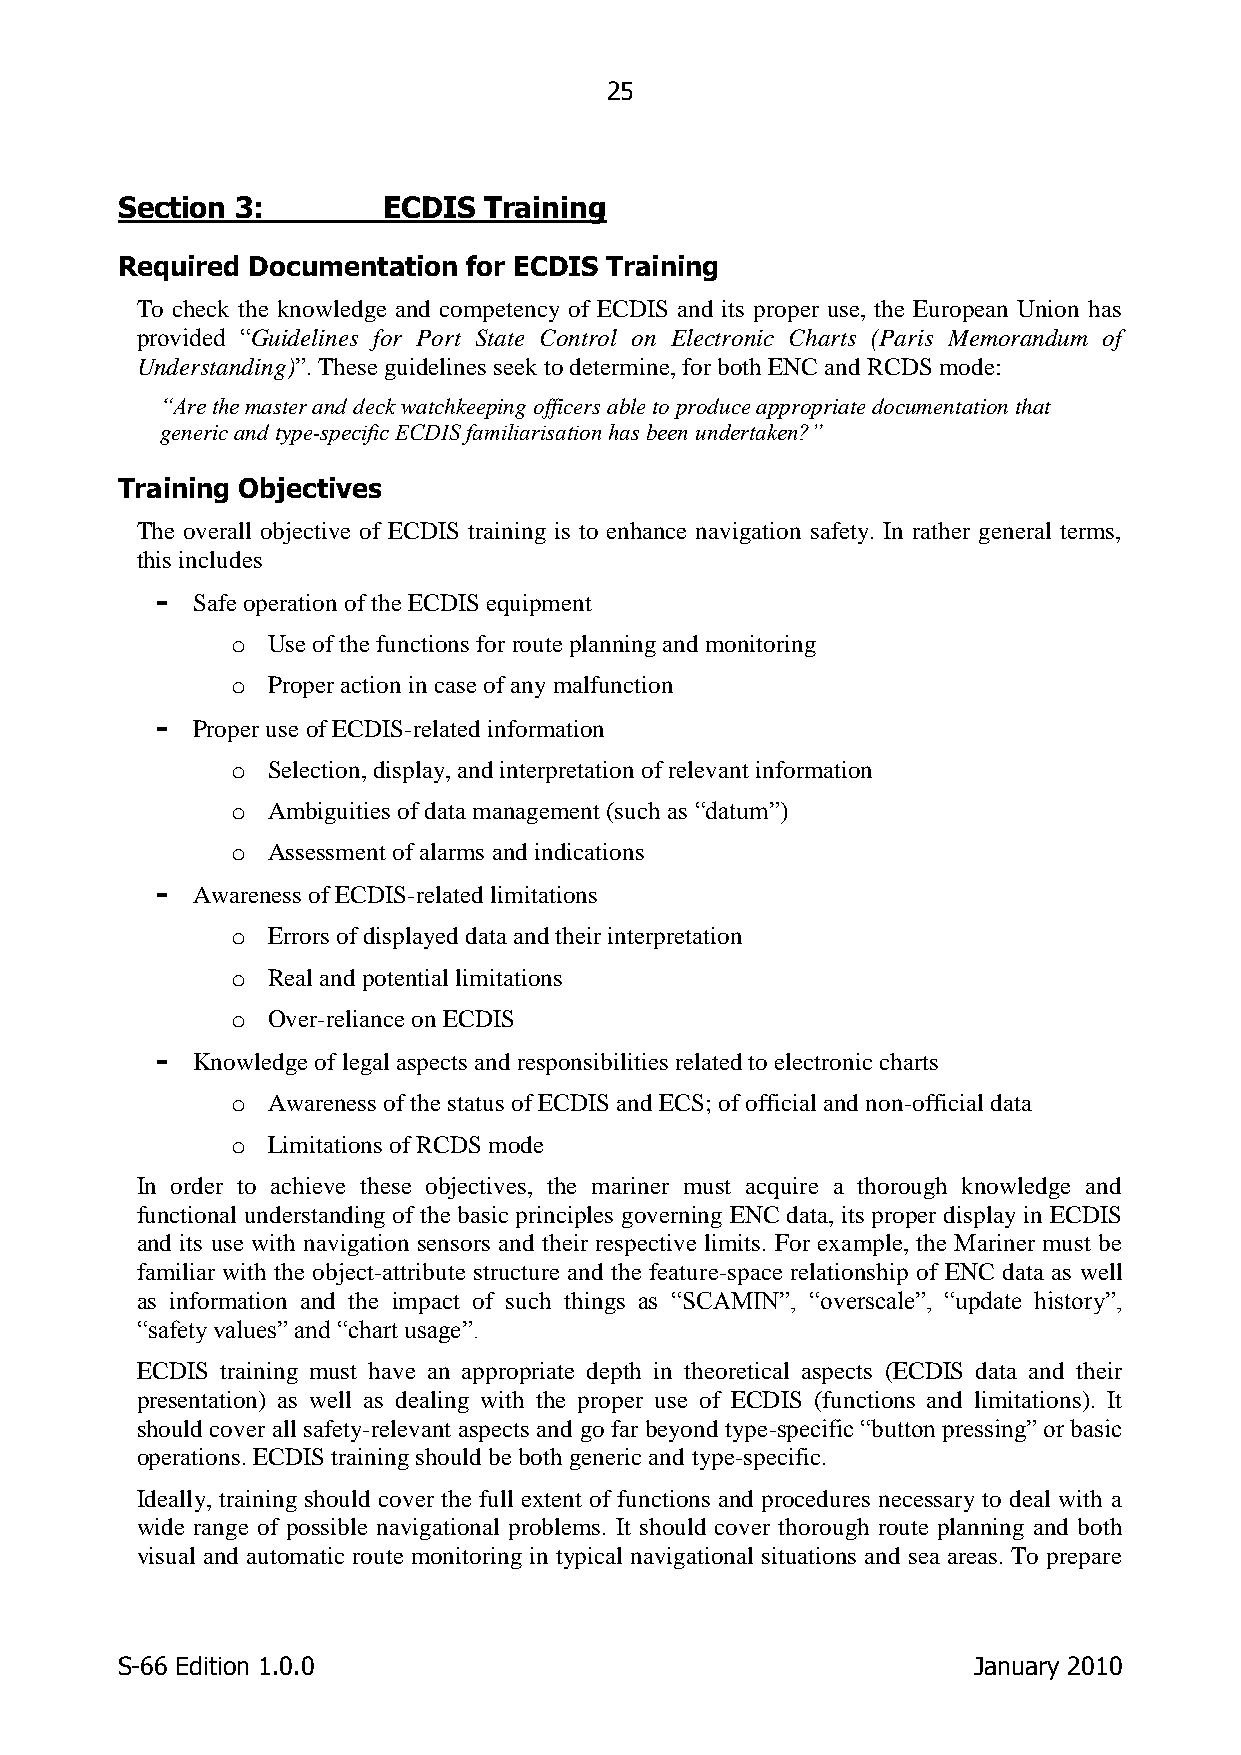
25
 Section 3:       ECDIS  Training
 Required Documentation for ECDIS Training
 To check the knowledge and competency of ECDIS and its proper use, the European Union has
 provided “Guidelines for Port State Control on Electronic Charts (Paris Memorandum of
 Understanding)”. These guidelines seek to determine, for both ENC and RCDS mode:
 “Are the master and deck watchkeeping officers able to produce appropriate documentation that
 generic and type-specific ECDIS familiarisation has been undertaken?”
 Training Objectives
 The overall objective of ECDIS training is to enhance navigation safety. In rather general terms,
 this includes
 -  Safe operation of the ECDIS equipment
 o  Use of the functions for route planning and monitoring
 o  Proper action in case of any malfunction
 -  Proper use of ECDIS-related information
 o  Selection, display, and interpretation of relevant information
 o  Ambiguities of data management (such as “datum”)
 o  Assessment of alarms and indications
 -  Awareness of ECDIS-related limitations
 o  Errors of displayed data and their interpretation
 o  Real and potential limitations
 o  Over-reliance on ECDIS
 -  Knowledge of legal aspects and responsibilities related to electronic charts
 o  Awareness of the status of ECDIS and ECS; of official and non-official data
 o  Limitations of RCDS mode
 In order to achieve these objectives, the mariner must acquire a thorough knowledge and
 functional understanding of the basic principles governing ENC data, its proper display in ECDIS
 and its use with navigation sensors and their respective limits. For example, the Mariner must be
 familiar with the object-attribute structure and the feature-space relationship of ENC data as well
 as information and the impact of such things as “SCAMIN”, “overscale”, “update history”,
 “safety values” and “chart usage”.
 ECDIS training must have an appropriate depth in theoretical aspects (ECDIS data and their
 presentation) as well as dealing with the proper use of ECDIS (functions and limitations). It
 should cover all safety-relevant aspects and go far beyond type-specific “button pressing” or basic
 operations. ECDIS training should be both generic and type-specific.
 Ideally, training should cover the full extent of functions and procedures necessary to deal with a
 wide range of possible navigational problems. It should cover thorough route planning and both
 visual and automatic route monitoring in typical navigational situations and sea areas. To prepare
 S-66 Edition 1.0.0                                      January 2010